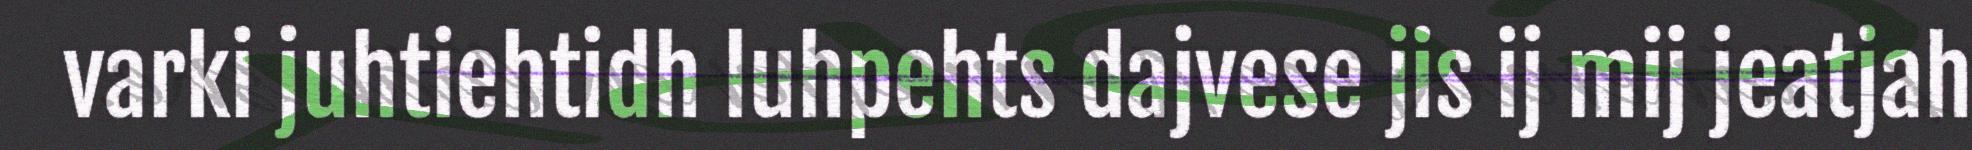
varki juhtiehtidh luhpehts dajvese jis ij mij jeatjah